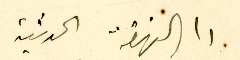
الى النهضة الحديثة